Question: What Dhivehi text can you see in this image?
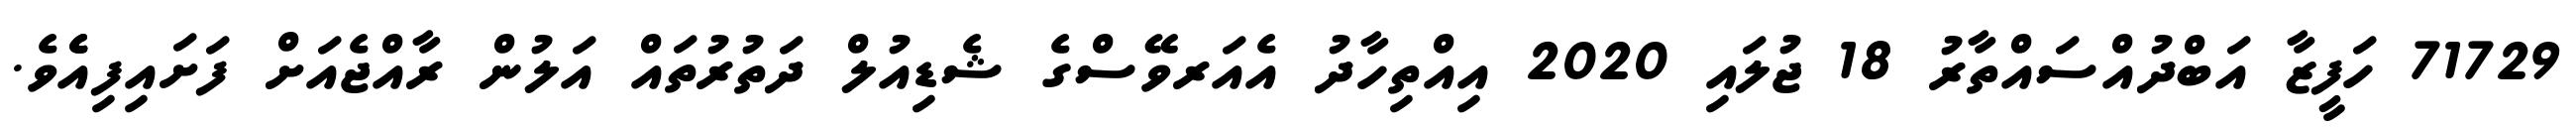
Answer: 71729 ހަފީޒާ އަބްދުއްސައްތާރު 18 ޖުލައި 2020 އިއްތިހާދު އެއަރވޭސްގެ ޝެޑިއުލް ދަތުރުތައް އަލުން ރާއްޖެއަށް ފަށައިފިއެެވެ.